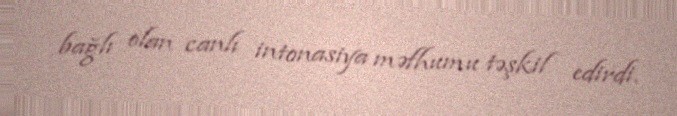
bağlı olan canlı intonasiya məfhumu təşkil edirdi.